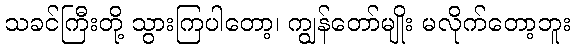
သခင်ကြီးတို့ သွားကြပါတော့၊ ကျွန်တော်မျိုး မလိုက်တော့ဘူး